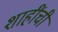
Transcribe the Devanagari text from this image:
शाहींची